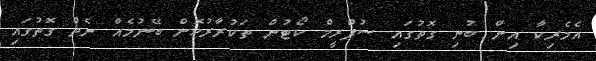
އެމެރިކާ އިން ބުނި ގޮތުގައި ސުޕްރީމް ކޯޓުން ތަކުރާރުކޮށް ބޭނުމެއް ނެތް ގޮތުގައި